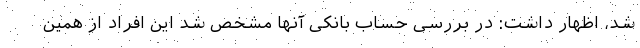
شد، اظهار داشت: در بررسی حساب بانکی آنها مشخص شد این افراد از همین